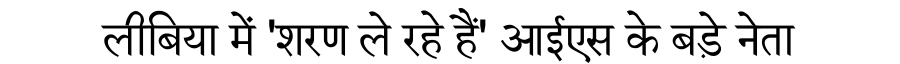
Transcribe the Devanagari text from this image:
लीबिया में 'शरण ले रहे हैं' आईएस के बड़े नेता